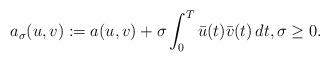
LaTeX: \begin{align*} a_\sigma(u,v):= a(u,v)+\sigma \int_0^T \bar u(t) \bar v(t) \, dt, \sigma \geq 0.\end{align*}